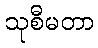
သုစီမတာ